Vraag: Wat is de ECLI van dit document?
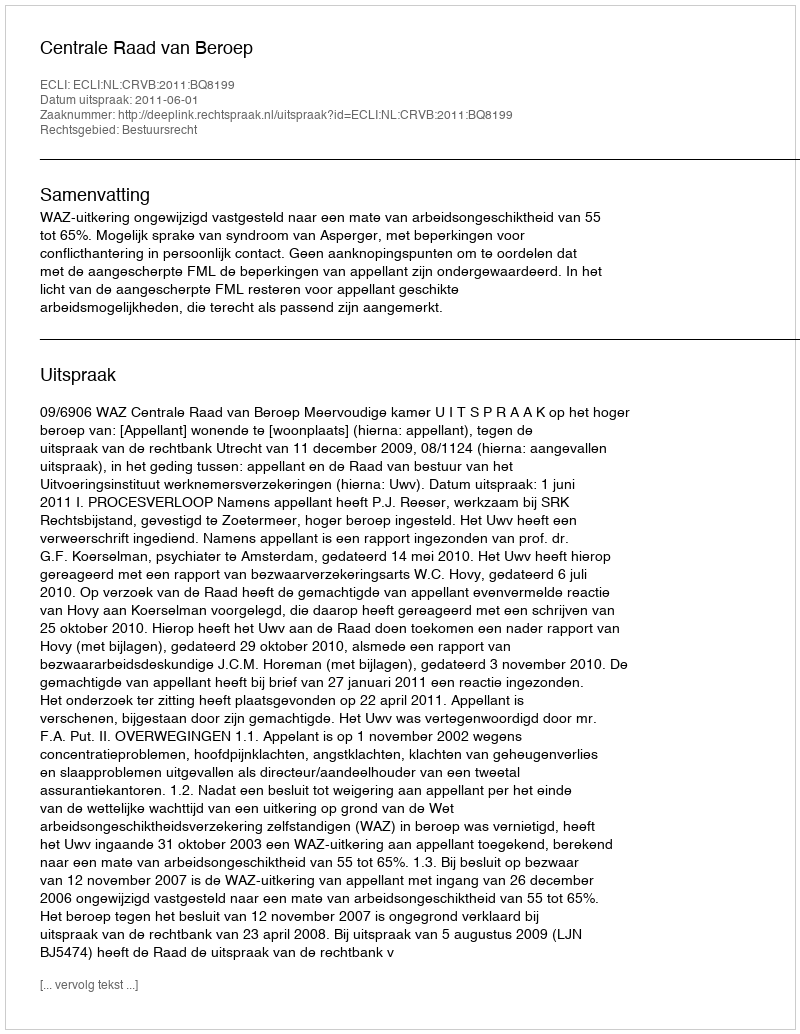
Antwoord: ECLI:NL:CRVB:2011:BQ8199